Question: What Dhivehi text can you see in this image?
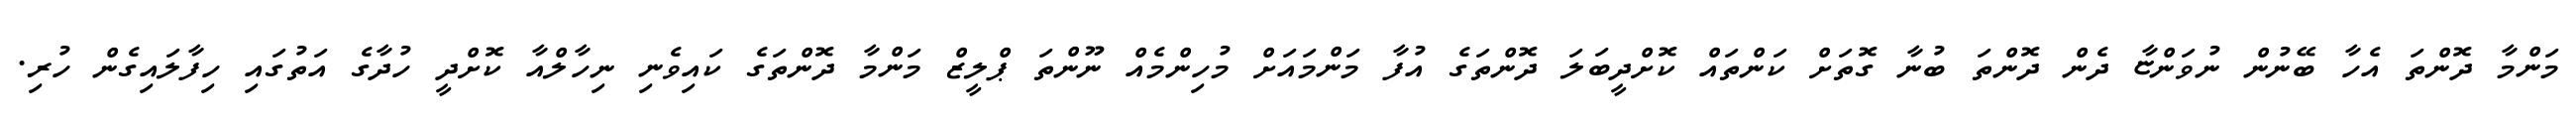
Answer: މަންމާ ދޮންތަ އެހާ ބޭނުން ނުވަންޏާ ދެން ދޮންތަ ބުނާ ގޮތަށް ކަންތައް ކޮށްދީބަލަ ދޮންތަގެ އުފާ މަންމައަށް މުހިންމެއް ނޫންތަ ޕްލީޒް މަންމާ ދޮންތަގެ ކައިވެނި ނިހާލްއާ ކޮށްދީ ހުދާގެ އަތުގައި ހިފާލައިގެން ހުރި.